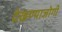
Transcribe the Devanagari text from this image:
देखण्याजोगी